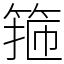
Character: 箍